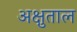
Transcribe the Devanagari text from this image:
अक्षुताल